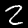
Label: 2